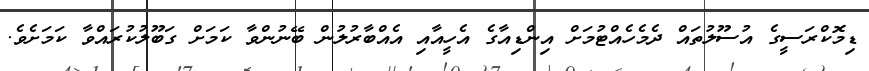
ޑިމޮކްރަސީގެ އުސޫލުތައް ދެމެހެއްޓުމަށް އިންޑިއާގެ އެހީއާއި އެއްބާރުލުން ބޭނުންވާ ކަމަށް ގަބޫލުކުރައްވާ ކަމަށެވެ.